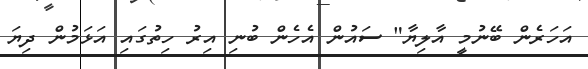
އަހަރެން ބޭނުމީ އާލިޔާ" ސައުން އެހެން ބުނި އިރު ހިތުގައި އަޅަމުން ދިޔަ